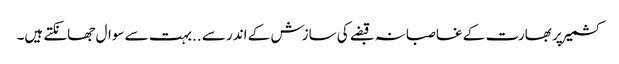
کشمیر پر بھارت کے غاصبانہ قبضے کی سازش کے اندر سے ..بہت سے سوال جھانکتے ہیں۔